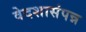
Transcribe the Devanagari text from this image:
वेदशासंपन्न